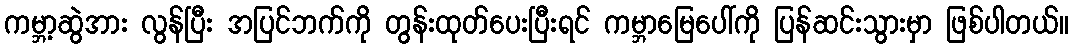
ကမ္ဘာ့ဆွဲအား လွန်ပြီး အပြင်ဘက်ကို တွန်းထုတ်ပေးပြီးရင် ကမ္ဘာမြေပေါ်ကို ပြန်ဆင်းသွားမှာ ဖြစ်ပါတယ်။